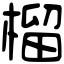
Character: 榴